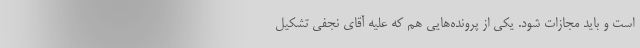
است و باید مجازات شود. یکی از پرونده‌هایی هم که علیه آقای نجفی تشکیل